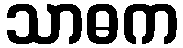
သာဓက